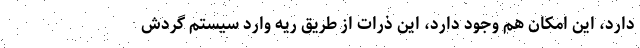
دارد، این امکان هم وجود دارد، این ذرات از طریق ریه وارد سیستم گردش